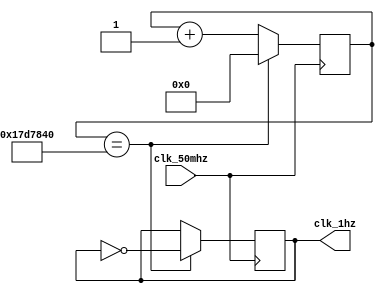
module clock_1hz (
    input clk_50mhz,
    output reg clk_1hz
);

reg [24:0] counter = 0;

always @(posedge clk_50mhz) begin
    counter <= counter + 1;
    if (counter == 25000000) begin
        counter <= 0;
        clk_1hz <= ~clk_1hz;
    end
end

endmodule